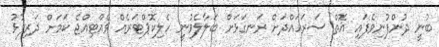
ބުނީ ދުންފުނިވެފައި އޮތް ސަރަހައްދަށް ރަނގަޅަށް ބަލާލެވުނީ ހެލިކޮޕްޓަރެއް ވެއްޓިއްޖެ ކަމަށް ދަރިފުޅު